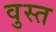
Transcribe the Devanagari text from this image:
वुस्त